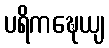
ပရိကဍ္ဎေယျ